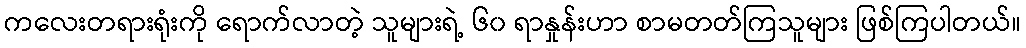
ကလေးတရားရုံးကို ရောက်လာတဲ့ သူများရဲ့ ၆၀ ရာနှုန်းဟာ စာမတတ်ကြသူများ ဖြစ်ကြပါတယ်။